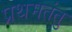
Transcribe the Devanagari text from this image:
प्रथमतंतु